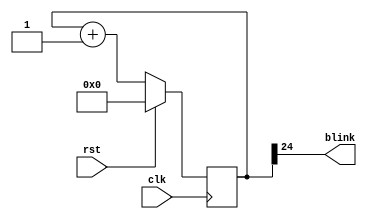
`timescale 1ns / 1ps
//////////////////////////////////////////////////////////////////////////////////
// Company: 
// Engineer: 
// 
// Design Name: 
// Module Name:    Blinker 
// Project Name: 
// Target Devices: 
// Tool versions: 
// Description: 
//
// Dependencies: 
//
// Revision: 
// Revision 0.01 - File Created
// Additional Comments: 
//
//////////////////////////////////////////////////////////////////////////////////
module Blinker(
	input clk,
	input rst,
	output blink
    );

	reg[24:0] counter_d, counter_q;
	
	assign blink = counter_q[24];
	
	always @(counter_q) begin
		counter_d = counter_q + 1'b1;
	end
	
	always @(posedge clk) begin
		if (rst) begin
			counter_q <= 25'b0;
		end else begin
			counter_q <= counter_d;
		end
	end

endmodule